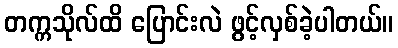
တက္ကသိုလ်ထိ ပြောင်းလဲ ဖွင့်လှစ်ခဲ့ပါတယ်။